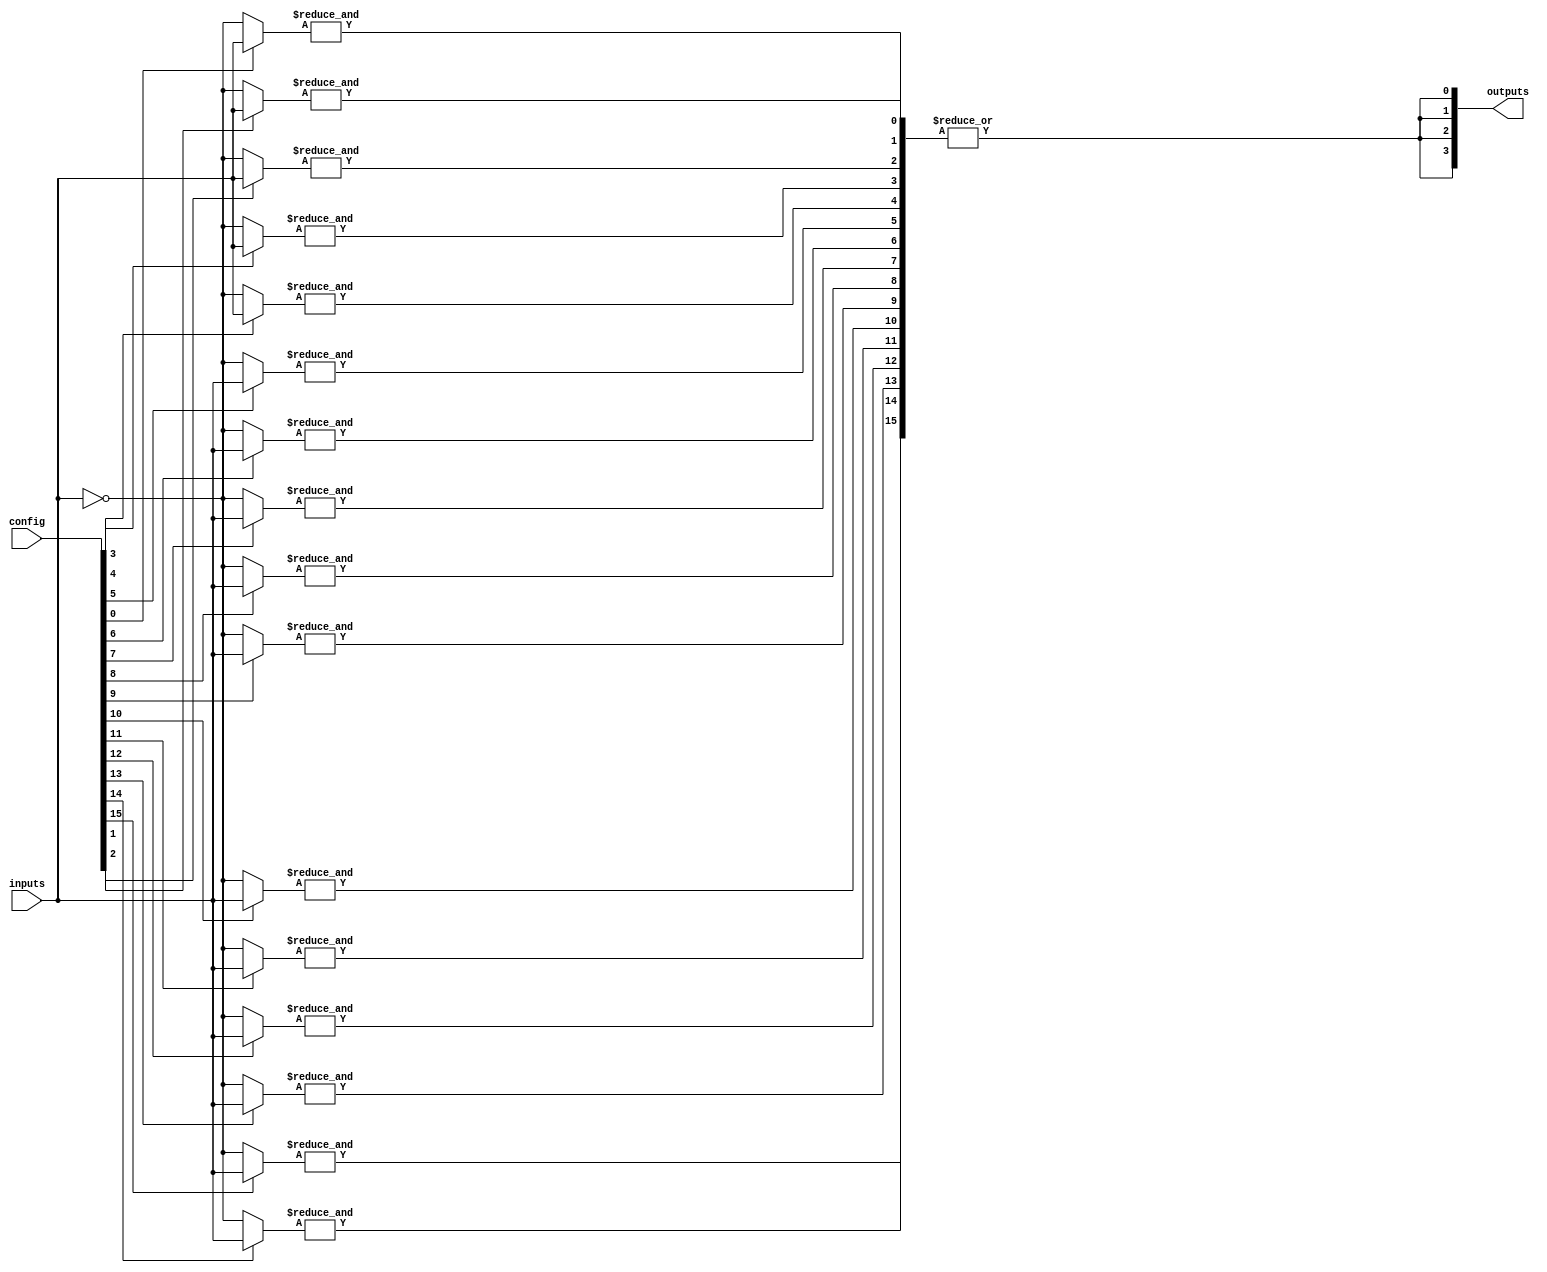
module GAL (
    input wire [N-1:0] inputs,        // N input signals
    input wire [M-1:0] config,        // Configuration bits for AND gates
    output wire [P-1:0] outputs       // P output signals
);
    parameter N = 8;                  // Number of inputs
    parameter M = 16;                 // Number of AND gates
    parameter P = 4;                  // Number of outputs

    // Internal signals for AND gate outputs
    wire [M-1:0] and_out;

    // Programmable AND array
    genvar i, j;
    generate
        for (i = 0; i < M; i = i + 1) begin : and_array
            wire [N-1:0] and_inputs;
            assign and_inputs = config[i] ? inputs : ~inputs; // Example configuration logic
            assign and_out[i] = &and_inputs; // AND operation
        end
    endgenerate

    // Fixed OR array
    generate
        for (j = 0; j < P; j = j + 1) begin : or_array
            assign outputs[j] = |and_out; // OR operation
        end
    endgenerate

endmodule